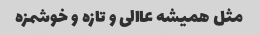
مثل همیشه عاالی و تازه و خوشمزه